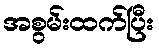
အစွမ်းထက်ပြီး